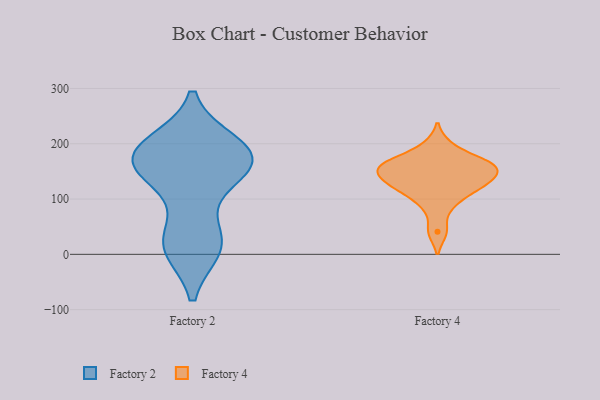
{"axis": {"x": "Waste Production (Tons)", "y": "Value"}, "legend": ["Factory 2", "Factory 4"], "data": [{"x": "", "y": 199, "type": "Factory 2"}, {"x": "", "y": 174, "type": "Factory 2"}, {"x": "", "y": 184, "type": "Factory 2"}, {"x": "", "y": 136, "type": "Factory 2"}, {"x": "", "y": 159, "type": "Factory 2"}, {"x": "", "y": 192, "type": "Factory 2"}, {"x": "", "y": 148, "type": "Factory 2"}, {"x": "", "y": 181, "type": "Factory 2"}, {"x": "", "y": 12, "type": "Factory 2"}, {"x": "", "y": 168, "type": "Factory 2"}, {"x": "", "y": 20, "type": "Factory 2"}, {"x": "", "y": 14, "type": "Factory 2"}, {"x": "", "y": 30, "type": "Factory 2"}, {"x": "", "y": 41, "type": "Factory 4"}, {"x": "", "y": 130, "type": "Factory 4"}, {"x": "", "y": 197, "type": "Factory 4"}, {"x": "", "y": 158, "type": "Factory 4"}, {"x": "", "y": 167, "type": "Factory 4"}, {"x": "", "y": 164, "type": "Factory 4"}, {"x": "", "y": 108, "type": "Factory 4"}, {"x": "", "y": 125, "type": "Factory 4"}, {"x": "", "y": 156, "type": "Factory 4"}, {"x": "", "y": 87, "type": "Factory 4"}, {"x": "", "y": 163, "type": "Factory 4"}, {"x": "", "y": 141, "type": "Factory 4"}, {"x": "", "y": 129, "type": "Factory 4"}]}